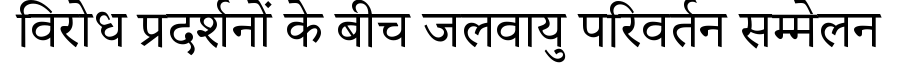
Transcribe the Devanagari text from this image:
विरोध प्रदर्शनों के बीच जलवायु परिवर्तन सम्मेलन